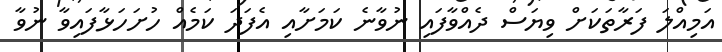
އަމިއްލަ ފަރާތަކަށް ވިޔަސް ދެއްވާފައި ނުވާނެ ކަމަށާއި އެފަދަ ކަމެއް ހުށަހަޅާފައިވާ ނުވާ